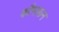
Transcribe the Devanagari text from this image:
कौमरून